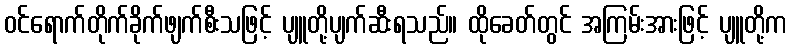
ဝင်ရောက်တိုက်ခိုက်ဖျက်စီးသဖြင့် ပျူတို့ပျက်ဆီးရသည်။ ထိုခေတ်တွင် အကြမ်းအားဖြင့် ပျူတို့က